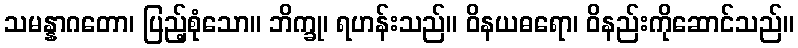
သမန္နာဂတော၊ ပြည့်စုံသော။ ဘိက္ခု၊ ရဟန်းသည်။ ဝိနယဓရော၊ ဝိနည်းကိုဆောင်သည်။